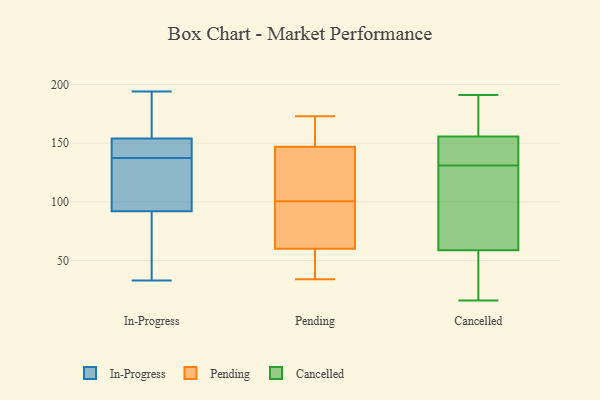
{"axis": {"x": "Latency (ms)", "y": "Value"}, "legend": ["Cancelled", "In-Progress", "Pending"], "data": [{"x": "", "y": 148, "type": "In-Progress"}, {"x": "", "y": 33, "type": "In-Progress"}, {"x": "", "y": 134, "type": "In-Progress"}, {"x": "", "y": 154, "type": "In-Progress"}, {"x": "", "y": 180, "type": "In-Progress"}, {"x": "", "y": 88, "type": "In-Progress"}, {"x": "", "y": 129, "type": "In-Progress"}, {"x": "", "y": 141, "type": "In-Progress"}, {"x": "", "y": 97, "type": "In-Progress"}, {"x": "", "y": 167, "type": "In-Progress"}, {"x": "", "y": 194, "type": "In-Progress"}, {"x": "", "y": 146, "type": "In-Progress"}, {"x": "", "y": 92, "type": "In-Progress"}, {"x": "", "y": 43, "type": "In-Progress"}, {"x": "", "y": 60, "type": "Pending"}, {"x": "", "y": 173, "type": "Pending"}, {"x": "", "y": 125, "type": "Pending"}, {"x": "", "y": 34, "type": "Pending"}, {"x": "", "y": 46, "type": "Pending"}, {"x": "", "y": 147, "type": "Pending"}, {"x": "", "y": 149, "type": "Pending"}, {"x": "", "y": 78, "type": "Pending"}, {"x": "", "y": 88, "type": "Pending"}, {"x": "", "y": 113, "type": "Pending"}, {"x": "", "y": 114, "type": "Cancelled"}, {"x": "", "y": 191, "type": "Cancelled"}, {"x": "", "y": 131, "type": "Cancelled"}, {"x": "", "y": 191, "type": "Cancelled"}, {"x": "", "y": 93, "type": "Cancelled"}, {"x": "", "y": 60, "type": "Cancelled"}, {"x": "", "y": 140, "type": "Cancelled"}, {"x": "", "y": 98, "type": "Cancelled"}, {"x": "", "y": 30, "type": "Cancelled"}, {"x": "", "y": 134, "type": "Cancelled"}, {"x": "", "y": 187, "type": "Cancelled"}, {"x": "", "y": 152, "type": "Cancelled"}, {"x": "", "y": 152, "type": "Cancelled"}, {"x": "", "y": 16, "type": "Cancelled"}, {"x": "", "y": 55, "type": "Cancelled"}, {"x": "", "y": 167, "type": "Cancelled"}, {"x": "", "y": 20, "type": "Cancelled"}]}